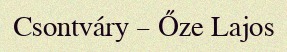
Csontváry – Őze Lajos